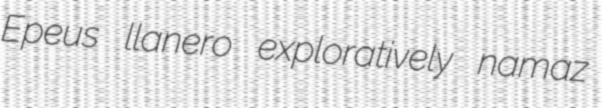
Epeus llanero exploratively namaz